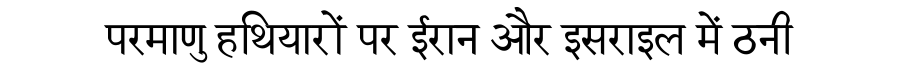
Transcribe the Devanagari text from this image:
परमाणु हथियारों पर ईरान और इसराइल में ठनी